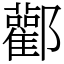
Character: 酄